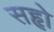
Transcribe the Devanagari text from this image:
सहृो